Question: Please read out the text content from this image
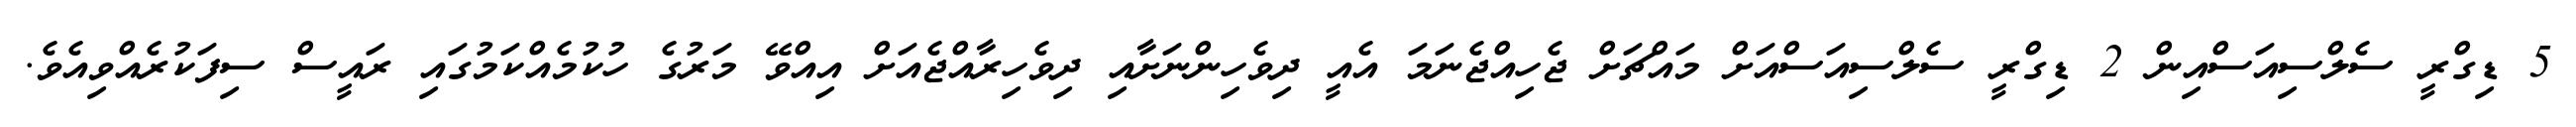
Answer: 5 ޑިގްރީ ސެލްސިއަސްއިން 2 ޑިގްރީ ސެލްސިއަސްއަށް މައްޗަށް ޖެހިއްޖެނަމަ އެއީ ދިވެހިންނަށާއި ދިވެހިރާއްޖެއަށް އިއްވޭ މަރުގެ ހުކުމެއްކަމުގައި ރައީސް ސިފަކުރެއްވިއެވެ.